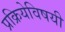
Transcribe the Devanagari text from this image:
प्रक्रियेविषयी